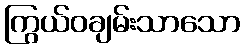
ကြွယ်ဝချမ်းသာသော